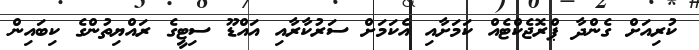
ކުރިއަށް ގެންދާ ޕްރޮޖެކްޓެއް ކަމަށާއި އެކަމަށް ސަރުކާރާއި އައްޑޫ ސިޓީގެ ރައްޔިތުންގެ ކިބައިން